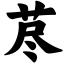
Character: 荩